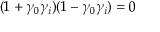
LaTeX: ( 1 + \gamma _ { 0 } \gamma _ { i } ) ( 1 - \gamma _ { 0 } \gamma _ { i } ) = 0